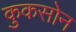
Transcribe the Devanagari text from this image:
कुकसोन